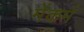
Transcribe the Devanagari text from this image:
मेंकर्म